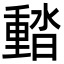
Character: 濌